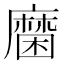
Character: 𲎔